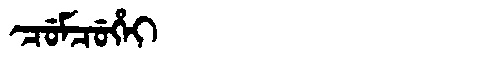
Manchu: ᠴᡠᠮᠴᡠᡥᡝᡳ
Romanization: CUMCUHEI